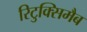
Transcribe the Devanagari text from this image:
रिटुक्सिमैब